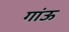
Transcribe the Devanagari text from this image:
गांऊ